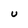
Character: U